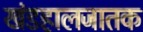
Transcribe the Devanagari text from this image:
खंडहालजातक